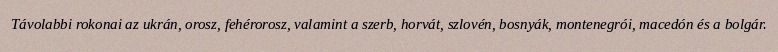
Távolabbi rokonai az ukrán, orosz, fehérorosz, valamint a szerb, horvát, szlovén, bosnyák, montenegrói, macedón és a bolgár.